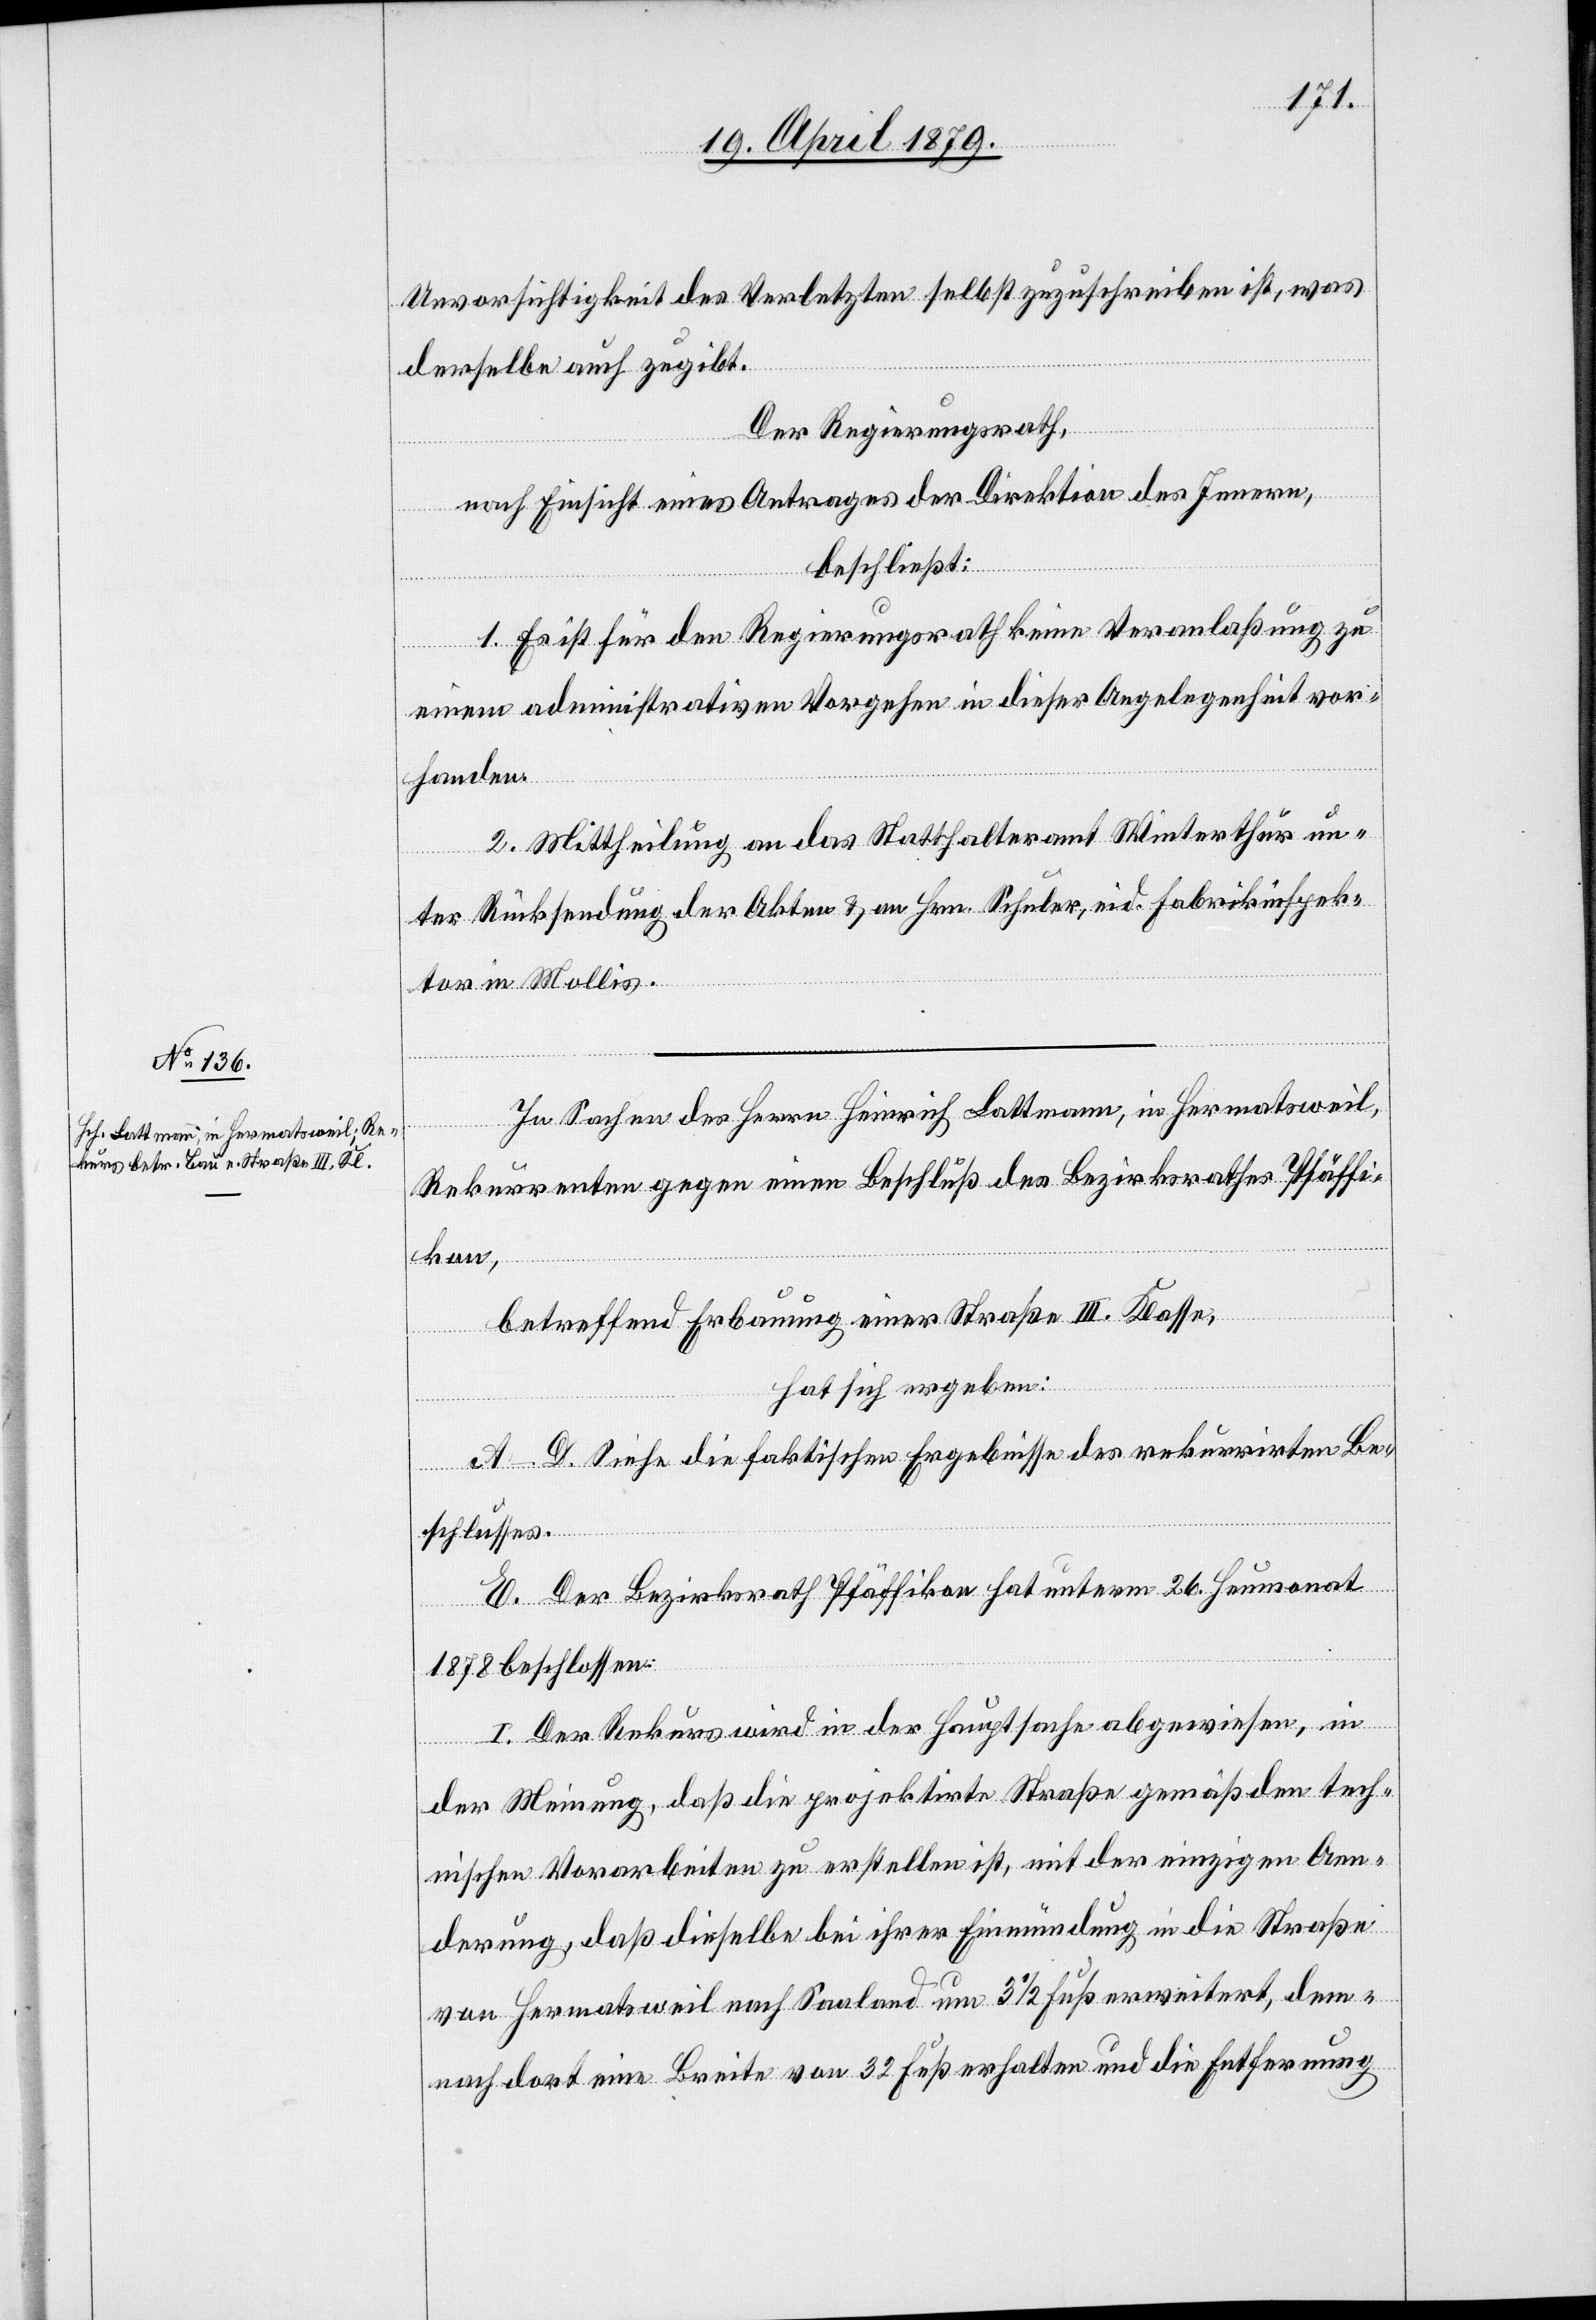
Unvorsichtigkeit des Verletzten selbst zugeschreiben ist, was
derselbe auch zugibt.
Der Regierungsrath,
nach Einsicht eines Antrages der Direktion des Innern,
beschließt:
1. Es ist für den Regierungsrath keine Veranlaßung zu
einem administrativen Vorgehen in dieser Angelegenheit vor¬
handen.
2. Mittheilung an das Statthalteramt Winterthur un¬
ter Rücksendung der Akten & an Hrn. Schuler, eid. Fabrikinspek¬
tor in Mollis.
In Sachen des Herrn Heinrich Lattmann, in Hermatsweil,
Rekurrenten gegen einen Beschluß des Bezirksrathes Pfäffi¬
kon,
betreffend Erbauung einer Straße III. Klasse,
hat sich ergeben:
A–D. Siehe die faktischen Ergebnisse des rekurrirten Be¬
schlusses.
E. Der Bezirksrath Pfäffikon hat unterm 26. Heumonat
1878 beschlossen:
I. Der Rekurs wird in der Hauptsache abgewiesen, in
der Meinung, daß die projektirte Straße gemäß den tech¬
nischen Vorarbeiten zu erstellen ist, mit der einzigen Aen¬
derung, daß dieselbe bei ihrer Einmündung in die Straße
von Hermatsweil nach Saaland um 3 1/2 Fuß erweitert, dem¬
nach dort eine Breite von 32 Fuß erhalten und die Entfernung